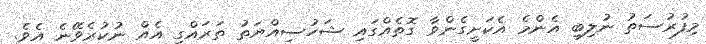
މިފުރުސަތު ނުލިބި އެންމެ އެކަށީގެންވާ ގޮތެއްގައި ޝަހުސިއްޔަތު ތަރައްގީ އެއް ނުކުރެވޭނެ އެވެ.